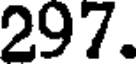
297.